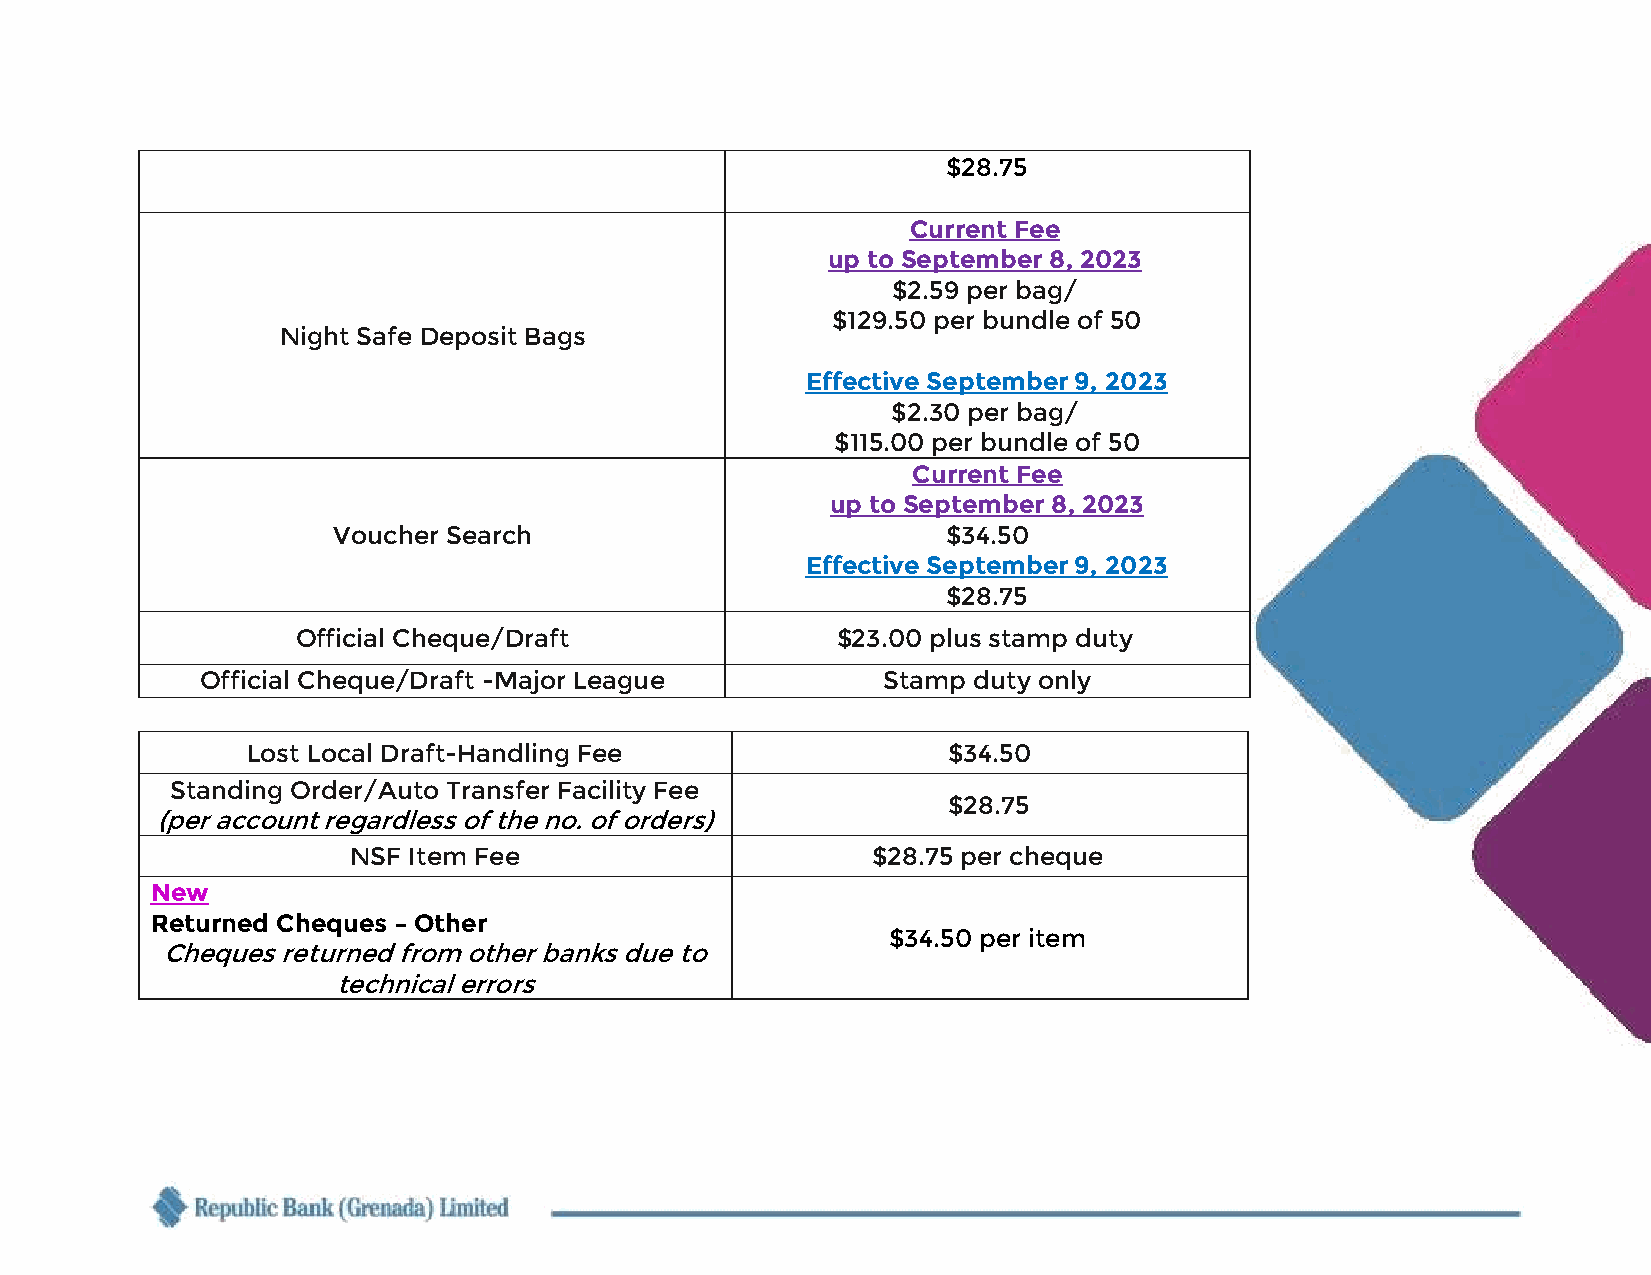
$28.75
 Current Fee
 up to September 8, 2023
 $2.59 per bag/
 $129.50 per bundle of 50
 Night Safe Deposit Bags
 Effective September 9, 2023
 $2.30 per bag/
 $115.00 per bundle of 50
 Current Fee
 up to September 8, 2023
 Voucher Search                           $34.50
 Effective September 9, 2023
 $28.75
 Official Cheque/Draft              $23.00 plus stamp duty
 Official Cheque/Draft -Major League          Stamp duty only
 Lost Local Draft-Handling Fee                  $34.50
 Standing Order/Auto Transfer Facility Fee
 $28.75
 (per account regardless of the no. of orders)
 NSF Item Fee                       $28.75 per cheque
 New
 Returned Cheques – Other
 $34.50 per item
 Cheques returned from other banks due to
 technical errors